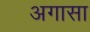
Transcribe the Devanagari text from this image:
अगासा